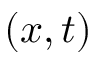
( x , t )